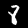
Label: 8